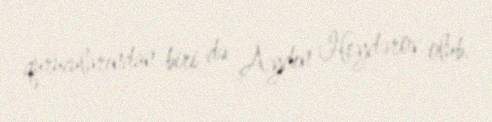
qurucularından biri də Aydın Heydərov olub.